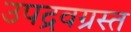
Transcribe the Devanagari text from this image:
उपद्रवग्रस्त